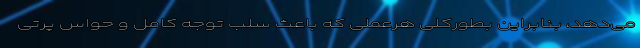
می‌دهد، بنابراین بطورکلی هرعملی که باعث سلب توجه کامل و حواس پرتی